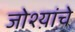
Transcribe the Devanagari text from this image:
जोश्य़ांचे